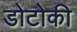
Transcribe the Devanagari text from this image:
डोटोकी